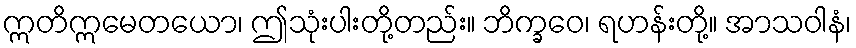
ဣတိဣမေတယော၊ ဤသုံးပါးတို့တည်း။ ဘိက္ခဝေ၊ ရဟန်းတို့။ အာသဝါနံ၊